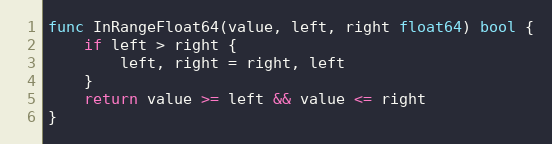
Language: Go
func InRangeFloat64(value, left, right float64) bool {
	if left > right {
		left, right = right, left
	}
	return value >= left && value <= right
}